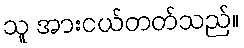
သူ အားငယ်တတ်သည်။